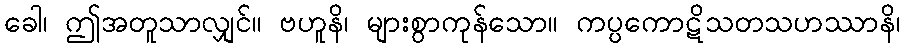
ခေါ၊ ဤအတူသာလျှင်။ ဗဟူနိ၊ များစွာကုန်သော။ ကပ္ပကောဋိသတသဟဿာနိ၊